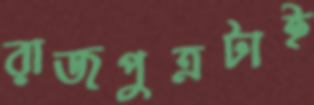
রাজপুত্রটাই